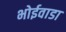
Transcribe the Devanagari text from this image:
भोईवाडा